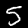
Digit: 5